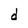
Character: d